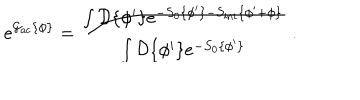
e ^ { { \cal { G } } _ { \mathrm { a c } } \{ { \phi } \} } = \frac { \int { \cal { D } } \{ \phi ^ { \prime } \} e ^ { - S _ { 0 } \{ \phi ^ { \prime } \} - S _ { \mathrm { i n t } } \{ \phi ^ { \prime } + { \phi } \} } } { \int { \cal { D } } \{ \phi ^ { \prime } \} e ^ { - S _ { 0 } \{ \phi ^ { \prime } \} } } \; .